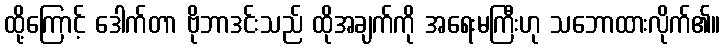
ထို့ကြောင့် ဒေါက်တာ ဗိုဘာဒင်းသည် ထိုအချက်ကို အရေးမကြီးဟု သဘောထားလိုက်၏။